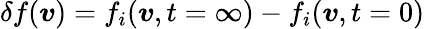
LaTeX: {\delta f(\boldsymbol{v})=f_{i}(\boldsymbol{v},t=\infty)-f_{i}(\boldsymbol{v},t=0)}